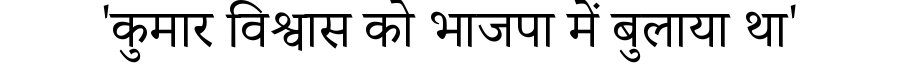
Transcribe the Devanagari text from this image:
'कुमार विश्वास को भाजपा में बुलाया था'